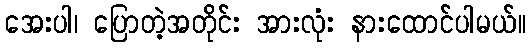
အေးပါ၊ ပြောတဲ့အတိုင်း အားလုံး နားထောင်ပါမယ်။